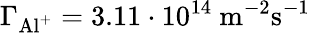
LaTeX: \Gamma_{\mathrm{Al^{+}}}=3.11\cdot 10^{14}~\mathrm{m}^{-2}\mathrm{s}^{-1}